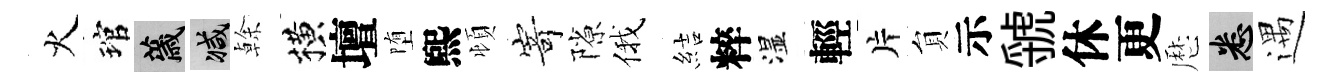
火琯薉减𠏉横壇堕煕頓𭔃隙俄結粹湿輕片貟示虢休更厯悉遇